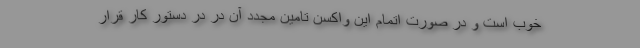
خوب است و در صورت اتمام این واکسن تامین مجدد آن در در دستور کار قرار